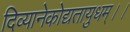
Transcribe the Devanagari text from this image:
दिव्यानेकोद्यतायुधम्‌।।